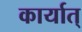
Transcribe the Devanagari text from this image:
कार्यात्